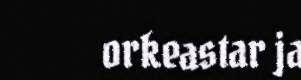
orkeastar ja